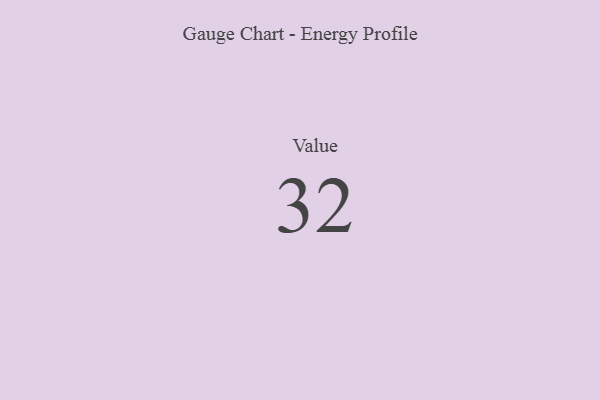
{"axis": {"x": "Metric", "y": "Value"}, "legend": [""], "data": [{"x": "Value", "y": 32, "type": ""}]}